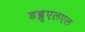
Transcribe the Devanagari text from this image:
डब्लूएलएल